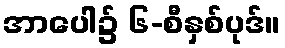
အာပေါ၌ ၆-စီနှစ်ပုဒ်။